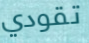
تقودي